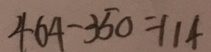
4 6 4 - 3 5 0 = 1 1 4